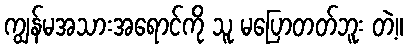
ကျွန်မအသားအရောင်ကို သူ မပြောတတ်ဘူး တဲ့။